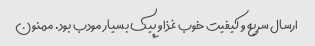
ارسال سریع و کیفیت خوب غذا و پیک بسیار مودب بود. ممنون